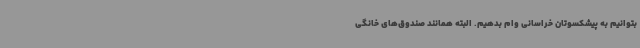
بتوانیم به پیشکسوتان خراسانی وام بدهیم. البته همانند صندوق‌های خانگی